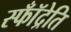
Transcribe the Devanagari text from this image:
स्फॉँद्रेति